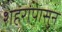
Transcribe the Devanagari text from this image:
शहरांपासुन